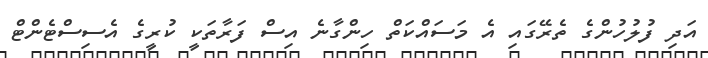
އަދި ފުލުހުންގެ ތެރޭގައި އެ މަސައްކަތް ހިންގާނެ އިސް ފަރާތަކީ ކުރީގެ އެސިސްޓެންޓް